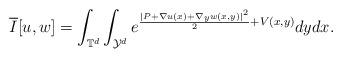
LaTeX: \begin{align*} \overline{I} [u,w ]=\int_{\mathbb{T}^d}\int_{\mathcal{Y}^d}e^{\frac{ |P+\nabla u (x )+\nabla_y w (x,y ) |^2}{2}+V (x,y )}dydx. \end{align*}